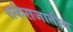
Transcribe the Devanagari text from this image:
शर्कराजातीय